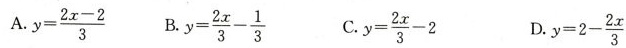
y= \frac{2x-2}{3} y= \frac{2x}{3}- \frac{1}{3} y= \frac{2x}{3}-2 D. y=2- \frac{2x}{3}